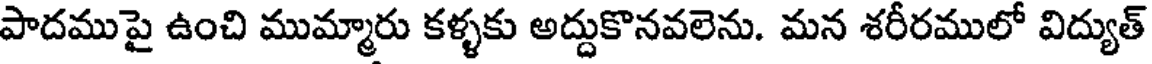
పాదముపై ఉంచి ముమ్మారు కళ్ళకు అద్దుకొనవలెను. మన శరీరములో విద్యుత్